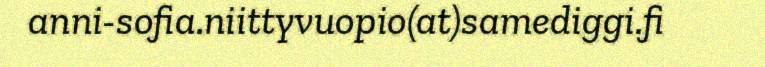
anni-sofia.niittyvuopio(at)samediggi.fi